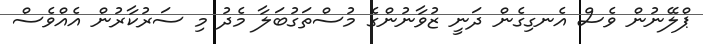
ޕްލޭނުން ވެސް އެނގިގެން ދަނީ ޒުވާނުންގެ މުސްތަގުބަލާ މެދު މި ސަރުކާރުން އެއްވެސް